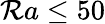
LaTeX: \mathcal{R}a\leq50